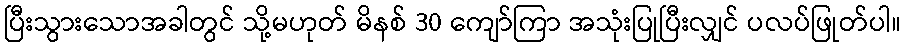
ပြီးသွားသောအခါတွင် သို့မဟုတ် မိနစ် 30 ကျော်ကြာ အသုံးပြုပြီးလျှင် ပလပ်ဖြုတ်ပါ။